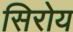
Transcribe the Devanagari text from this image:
सिरोय